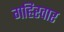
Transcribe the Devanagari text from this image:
गहिरवार